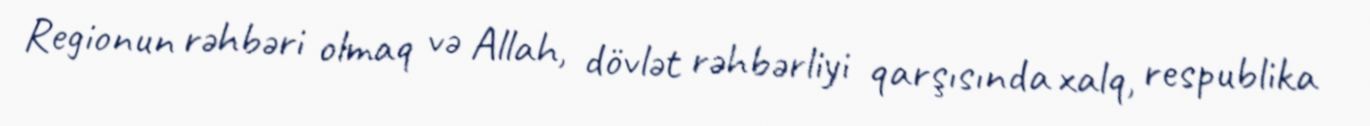
Regionun rəhbəri olmaq və Allah, dövlət rəhbərliyi qarşısında xalq, respublika